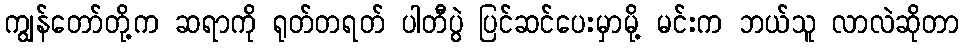
ကျွန်တော်တို့က ဆရာကို ရုတ်တရတ် ပါတီပွဲ ပြင်ဆင်ပေးမှာမို့ မင်းက ဘယ်သူ လာလဲဆိုတာ